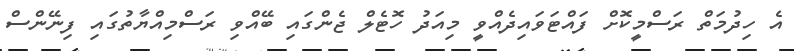
އެ ހިދުމަތް ރަސްމީކޮށް ފައްޓަވައިދެއްވީ މިއަދު ހޮޓެލް ޖެންގައި ބޭއްވި ރަސްމިއްޔާތުގައި ފިނޭންސް